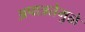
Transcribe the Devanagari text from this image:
अपात्रतेमुळे